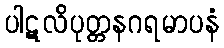
ပါဋလိပုတ္တနဂရမာပနံ